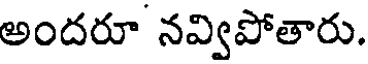
అందరూ నవ్విపోతారు.